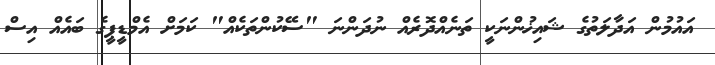
އައުމުން އަދާލަތުގެ ޝައިޚުންނަކީ ތަނެއްދޮރެއް ނުދަންނަ "ސޭކުންތަކެއް" ކަމަށް އެމްޑީޕީގެ ބައެއް އިސް